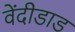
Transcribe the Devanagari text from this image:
वेंदीडाड